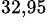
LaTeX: ^\mathrm{32,95}